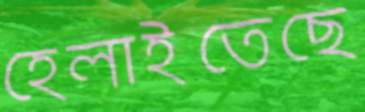
হেলাইতেছে